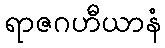
ရာဇဂဟီယာနံ